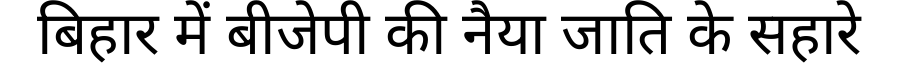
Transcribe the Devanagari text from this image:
बिहार में बीजेपी की नैया जाति के सहारे